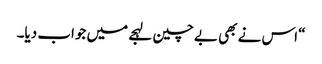
“ اس نے بھی بے چین لہجے میں جواب دیا۔